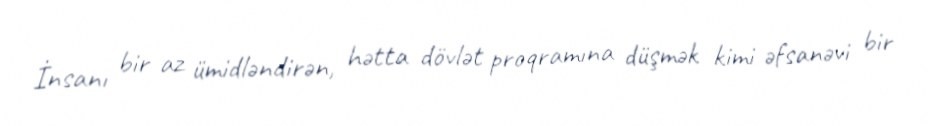
İnsanı bir az ümidləndirən, hətta dövlət proqramına düşmək kimi əfsanəvi bir